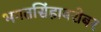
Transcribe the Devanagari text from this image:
भगतसिंहाबरोबर